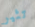
تثير